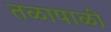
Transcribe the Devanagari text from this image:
तळापाळी